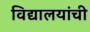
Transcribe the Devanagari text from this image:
विद्यालयांची